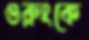
গুরুংকে